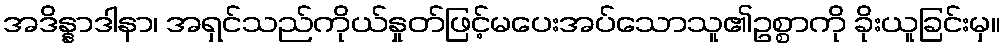
အဒိန္နာဒါနာ၊ အရှင်သည်ကိုယ်နှုတ်ဖြင့်မပေးအပ်သောသူ၏ဥစ္စာကို ခိုးယူခြင်းမှ။